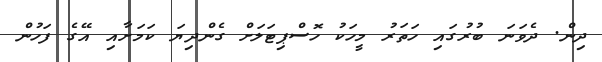
ދިން. ދެވަނަ ބުރުގައި ހަތަރު މީހަކު ހޮސްޕިޓަލަށް ގެންދިޔަ ކަމަށާއި އޭގެ ފަހުން